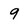
Character: 9